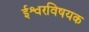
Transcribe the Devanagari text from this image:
ईश्वरविषयक